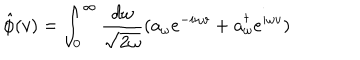
\hat { \phi } ( v ) = \int _ { 0 } ^ { \infty } \frac { d \omega } { \sqrt { 2 \omega } } ( a _ { \omega } e ^ { - i \omega v } + a _ { \omega } ^ { \dagger } e ^ { i \omega v } )